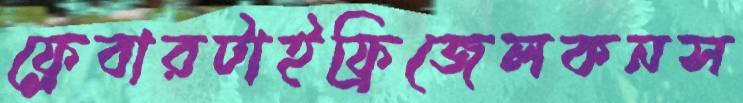
ফ্লেবারটাইফ্রিজেলকনস